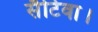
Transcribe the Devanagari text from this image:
सैटिवा।